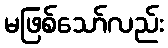
မဖြစ်သော်လည်း